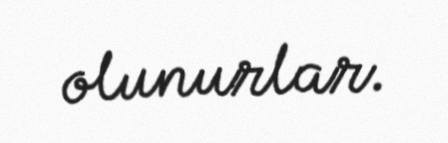
olunurlar.